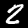
Label: 2